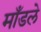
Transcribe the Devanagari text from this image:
माँडले